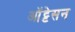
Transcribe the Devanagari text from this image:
ऑट्टेसन